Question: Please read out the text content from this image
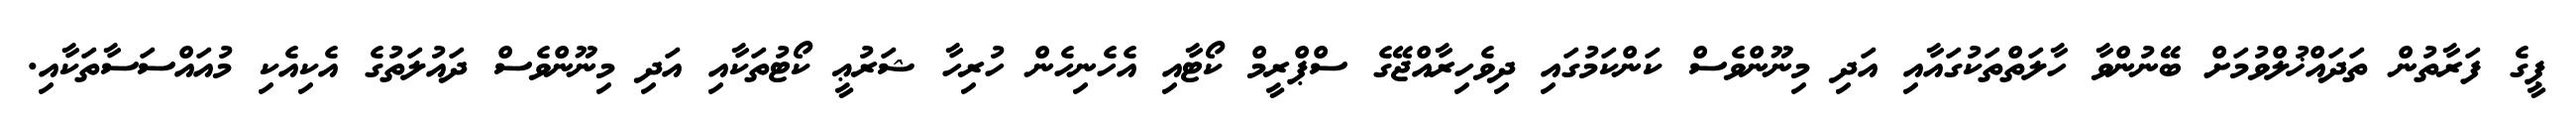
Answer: ޕީގެ ފަރާތުން ތަދައްޚުލްވުމަށް ބޭނުންވާ ހާލަތްތަކުގައާއި އަދި މިނޫންވެސް ކަންކަމުގައި ދިވެހިރާއްޖޭގެ ސްޕްރީމް ކޯޓާއި އެހެނިހެން ހުރިހާ ޝަރުޢީ ކޯޓުތަކާއި އަދި މިނޫންވެސް ދައުލަތުގެ އެކިއެކި މުއައްސަސާތަކާއި.